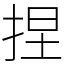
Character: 捏